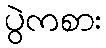
ပွဲကစား